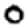
Digit: 0